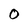
Character: 0